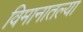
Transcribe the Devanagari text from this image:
विमानातल्या